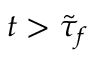
t > \tilde { \tau } _ { f }